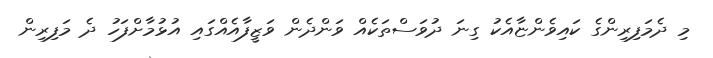
މި ދެމަފިރިންގެ ކައިވެންޏާއެކު ގިނަ ދުވަސްތަކެއް ވަންދެން ވަޒީފާއެއްގައި އުޅުމާށްފަހު ދެ މަފިރިން